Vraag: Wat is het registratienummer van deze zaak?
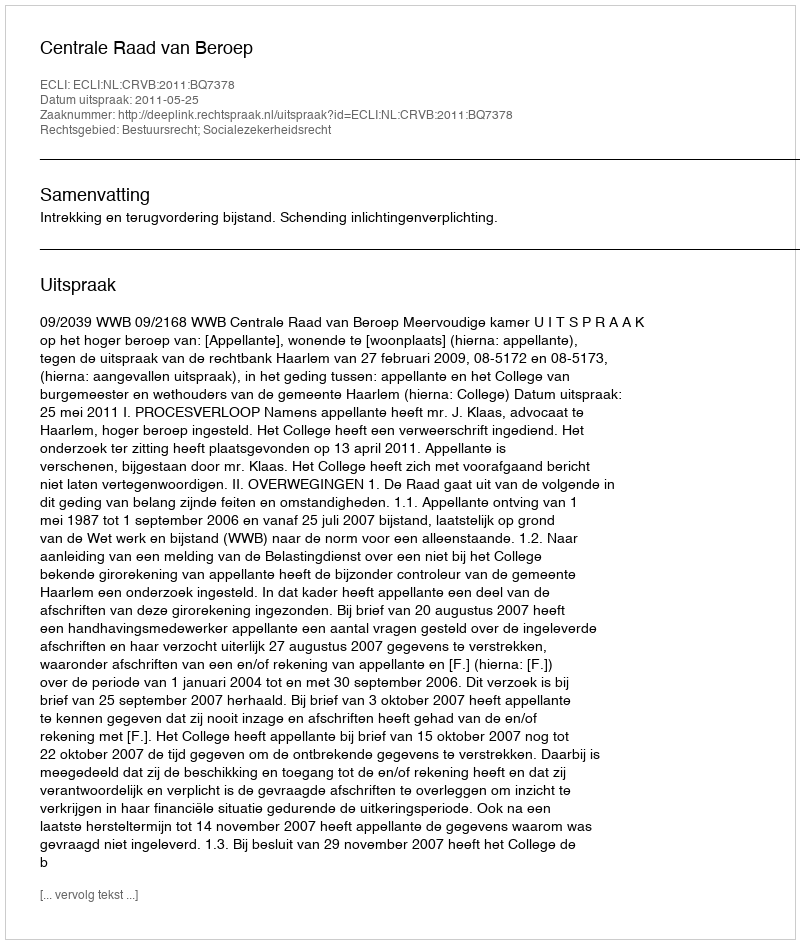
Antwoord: http://deeplink.rechtspraak.nl/uitspraak?id=ECLI:NL:CRVB:2011:BQ7378